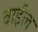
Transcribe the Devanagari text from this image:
वाईल